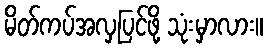
မိတ်ကပ်အလှပြင်ဖို့ သုံးမှာလား။